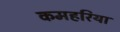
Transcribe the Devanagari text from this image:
कमहरिया